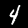
Label: 4